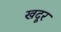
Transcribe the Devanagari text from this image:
खदूर